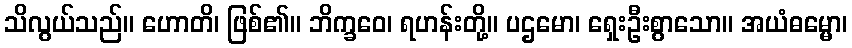
သိလွယ်သည်။ ဟောတိ၊ ဖြစ်၏။ ဘိက္ခဝေ၊ ရဟန်းတို့။ ပဌမော၊ ရှေးဦးစွာသော။ အယံဓမ္မော၊